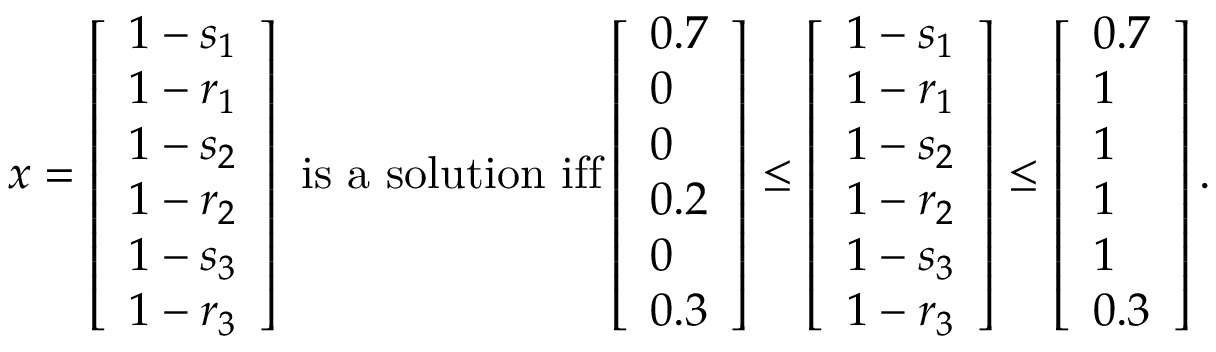
\begin{array} { r } { x = \left[ \begin{array} { l } { 1 - s _ { 1 } } \\ { 1 - r _ { 1 } } \\ { 1 - s _ { 2 } } \\ { 1 - r _ { 2 } } \\ { 1 - s _ { 3 } } \\ { 1 - r _ { 3 } } \end{array} \right] \mathrm { ~ i s ~ a ~ s o l u t i o n ~ i f f } \left[ \begin{array} { l } { 0 . 7 } \\ { 0 } \\ { 0 } \\ { 0 . 2 } \\ { 0 } \\ { 0 . 3 } \end{array} \right] \leq \left[ \begin{array} { l } { 1 - s _ { 1 } } \\ { 1 - r _ { 1 } } \\ { 1 - s _ { 2 } } \\ { 1 - r _ { 2 } } \\ { 1 - s _ { 3 } } \\ { 1 - r _ { 3 } } \end{array} \right] \leq \left[ \begin{array} { l } { 0 . 7 } \\ { 1 } \\ { 1 } \\ { 1 } \\ { 1 } \\ { 0 . 3 } \end{array} \right] . } \end{array}